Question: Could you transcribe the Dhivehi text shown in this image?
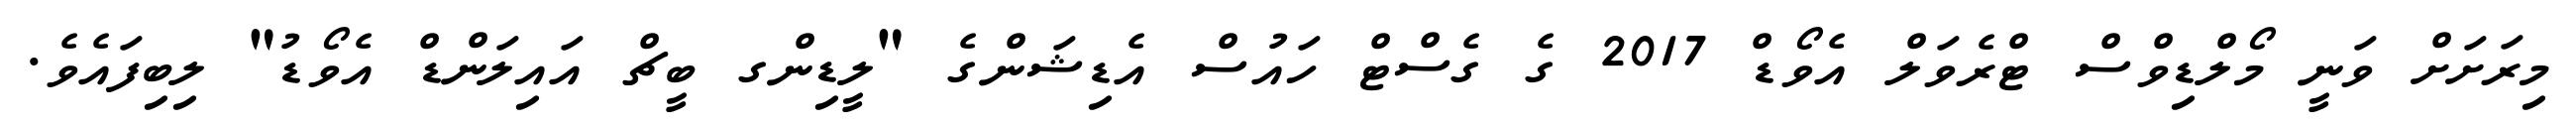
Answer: މިރަށަށް ވަނީ މޯލްޑިވްސް ޓްރެވަލް އެވޯޑް 2017 ގެ ގެސްޓް ހައުސް އެޑިޝަންގެ "ލީޑިންގ ބީޗް އައިލަންޑް އެވޯޑު" ލިބިފައެވެ.